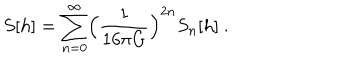
S [ h ] = \sum _ { n = 0 } ^ { \infty } \Bigl ( \frac { 1 } { 1 6 \pi G } \Bigr ) ^ { 2 n } S _ { n } [ h ] \ .